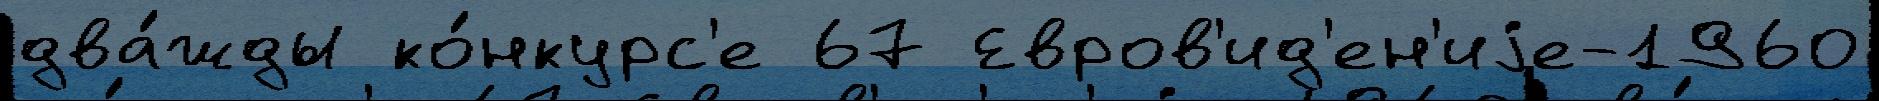
два́жды ко́нкурс'е 67 Евров'ид'ен'иjе-1960